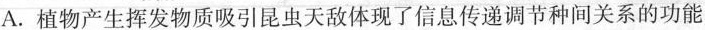
A.植物产生挥发物质吸引昆虫天敌体现了信息传递调节种间关系的功能